Lunatic asylums Central Provinces reports 1895-1909 - 1895-1909
Year: 1895
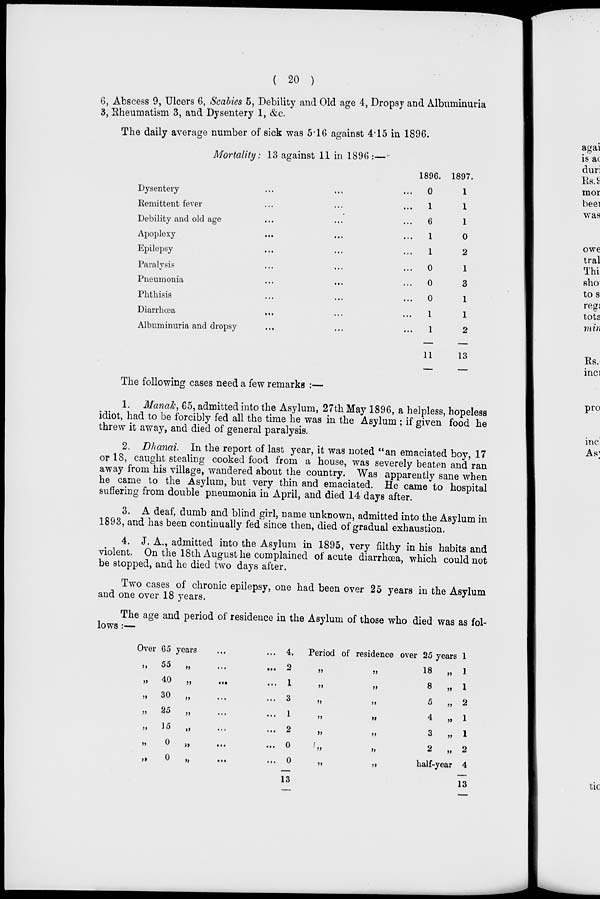
( 20 )
6, Abscess 9, Ulcers 6, Scabies 5, Debility and Old age 4, Dropsy and Albuminuria
3, Rheumatism 3, and Dysentery 1, &c.
The daily average number of sick was 5.16 against 4.15 in 1896.
Mortality: 13 against 11 in 1896 :—
Dysentery ... ... ...
Remittent fever ... ... ...
Debility and old age ... ...
Apoplexy
...
...
Epilepsy ... ...
Paralysis ... ...
Pneumonia ... ...
Phthisis ... ...
Diarrhœa
...
...
Albuminuria and dropsy ... ...
1896.
0
1
6
1
1
0
0
0
1
1
11
1897.
1
1
1
0
2
1
3
1
1
2
13
The following cases need a few remarks :—
1. Manak, 65, admitted into the Asylum, 27th May 1896, a helpless, hopeless
idiot, had to be forcibly fed all the time he was in the Asylum ; if given food he
threw it away, and died of general paralysis.
2. Dhanai. In the report of last year, it was noted "an emaciated boy, 17
or 18, caught stealing cooked food from a house, was severely beaten and ran
away from his village, wandered about the country. Was apparently sane when
he came to the Asylum, but very thin and emaciated. He came to hospital
suffering from double pneumonia in April, and died 14 days after.
3. A deaf, dumb and blind girl, name unknown, admitted into the Asylum in
1893, and has been continually fed since then, died of gradual exhaustion.
4. J. A., admitted into the Asylum in 1895, very filthy in his habits and
violent. On the 18th August he complained of acute diarrhœa, which could not
be stopped, and he died two days after.
Two cases of chronic epilepsy, one had been over 25 years in the Asylum
and one over 18 years.
The age and period of residence in the Asylum of those who died was as fol-
lows :—
Over 65 years ... ...
„ 55 „ ... ...
„
40
„
...
...
„ 30 „ ... ...
„ 25
„ ... ...
„ 15 „ ... ...
„
0
„
...
...
„
0
„
...
...
4.
2
1
3
1
2
0
0
13
Period of residence over 25 years
„
„
18
„
„ „ 8 „
„
„
5
„
„
„
4
„
„
„
3
„
„
„
2
„
„
„
half-year
1
1
1
2
1
1
2
4
13